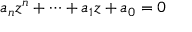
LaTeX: a _ { n } z ^ { n } + \dotsb + a _ { 1 } z + a _ { 0 } = 0